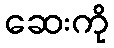
ဆေးကို